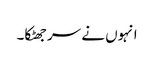
انہوں نے سر جھٹکا۔